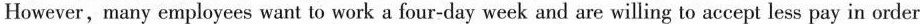
However, many employees want to work a four-day week and are willing to accept less pay in order